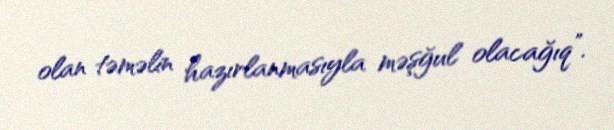
olan təməlin hazırlanmasıyla məşğul olacağıq”.